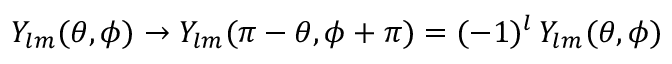
Y _ { l m } ( \theta , \phi ) \to Y _ { l m } ( \pi - \theta , \phi + \pi ) = ( - 1 ) ^ { l } \, Y _ { l m } ( \theta , \phi )